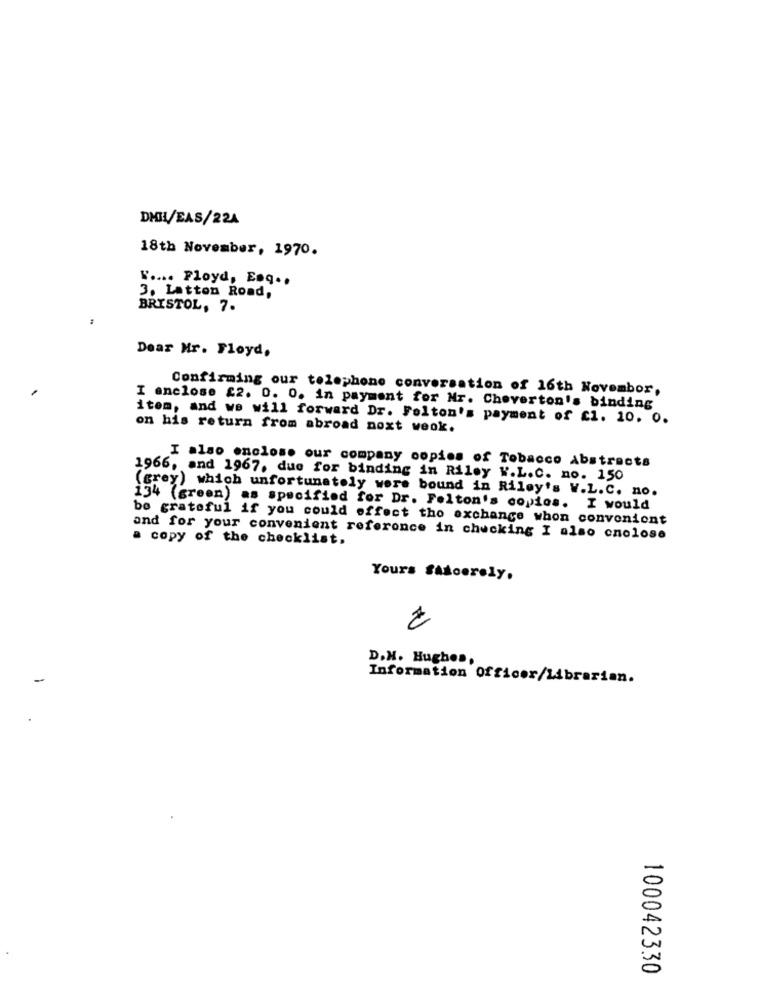
DHIL/EAS/224
18th November, 1970.
" .... Floyd, Eng ..
3. Latton Road,
BRISTOL, 7.
Dear Mr. Floyd,
Confirming our telephone conversation of 16th Novembor,
I enclose £2. 0. 0. in payment for Nr. Choverton's binding
item, and we will forward Dr. Folton's payment of c1. 10. 0.
on his return from abroad noxt weok.
I also enclose our company copies of Tobacco Abstracts
1966, and 1967, due for binding in Riley W.L.C. no. 150
(grey) which unfortunately were bound in Riley's W.L.C. no.
134 (green) as specified for Dr. Felton's copios. I would
be grateful if you could effect tho exchange whon convenient
a copy of the checklist.
and for your convenient reference in checking I also cnolose
Yours fascerely.
2
D.H. Hughes,
Information Officer/Librarian.
100042330